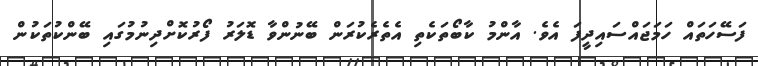
ފަސޭހަތައް ހަމަޖައްސައިދީފަ އެވެ. އާންމު ކާބޯތަކެތި އެތެރެކުރަން ބޭނުންވާ ޑޮލަރު ފޯރުކޮށްދިނުމުގައި ބޭންކުތަކުން